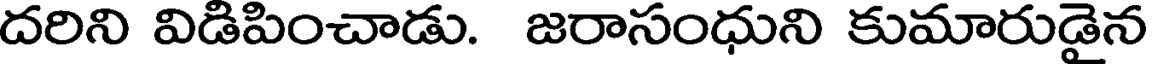
దరిని విడిపించాడు. జరాసంధుని కుమారుడైన